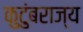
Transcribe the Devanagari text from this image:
कुटुंबराज्य